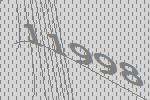
11998